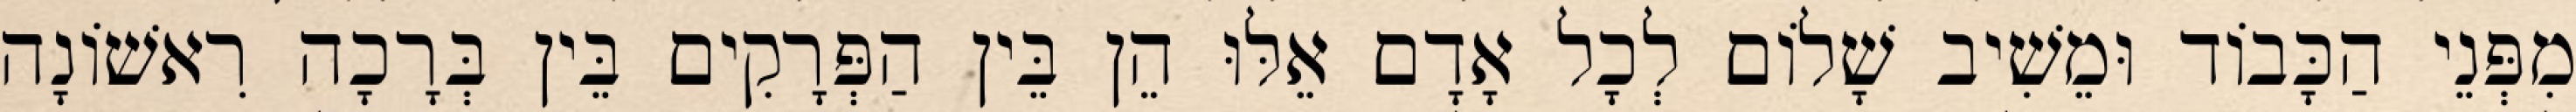
מִפְּנֵי הַכָּבוֹד וּמֵשִׁיב שָׁלוֹם לְכָל אָדָם אֵלּוּ הֵן בֵּין הַפְּרָקִים בֵּין בְּרָכָה רִאשׁוֹנָה